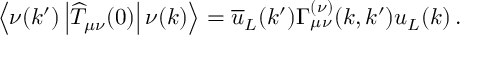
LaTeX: \left< \nu ( k ^ { \prime } ) \left| \widehat T _ { \mu \nu } ( 0 ) \right| \nu ( k ) \right> = \overline { { u } } _ { L } ( k ^ { \prime } ) \Gamma _ { \mu \nu } ^ { ( \nu ) } ( k , k ^ { \prime } ) u _ { L } ( k ) \, .